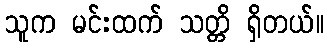
သူက မင်းထက် သတ္တိ ရှိတယ်။